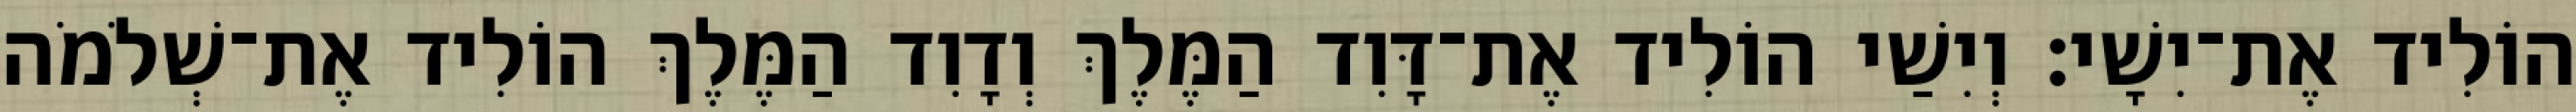
הוֹלִיד אֶת־יִשָׁי׃ וְיִשַׁי הוֹלִיד אֶת־דָּוִד הַמֶּלֶךְ וְדָוִד הַמֶּלֶךְ הוֹלִיד אֶת־שְׁלֹמֹה